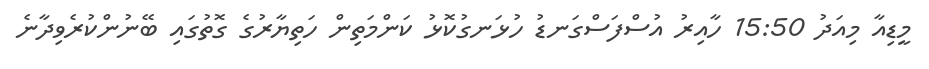
މީޑިއާ މިއަދު 15:50 ހާއިރު އުސްފަސްގަނޑު ހުޅަނގުކޮޅު ކަންމަތިން ހަތިޔާރުގެ ގޮތުގައި ބޭނުންކުރެވިދާނެ